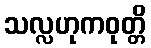
သလ္လဟုကဝုတ္တိ